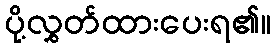
ပို့လွှတ်ထားပေးရ၏။